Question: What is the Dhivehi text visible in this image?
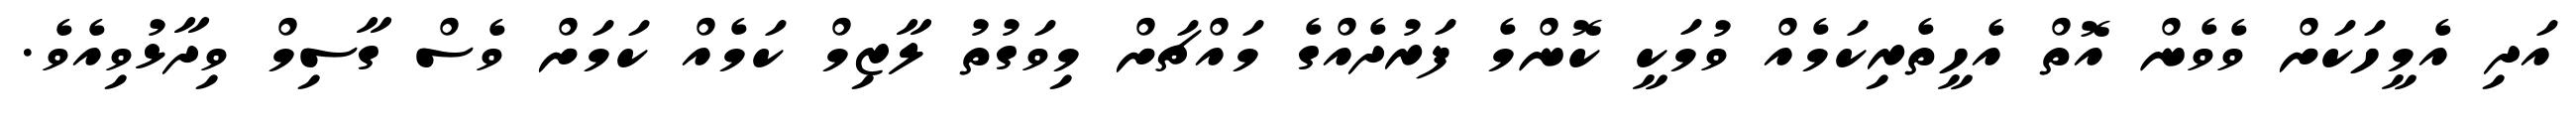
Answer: އަދި އެމީހަކަށް ވެވެން އޮތް އެހީތެރިކަމެއް ވުމަކީ ކޮންމެ ފަރުދެއްގެ މައްޗަށް މިވަގުތު ލާޒިމް ކަމެއް ކަމަށް ވެސް ގާސިމް ވިދާޅުވިއެވެ.